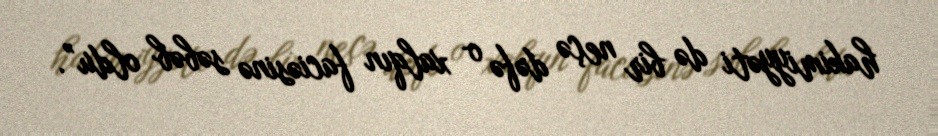
hakimiyyəti də bir neçə dəfə o xalqın faciəsinə səbəb oldu”.